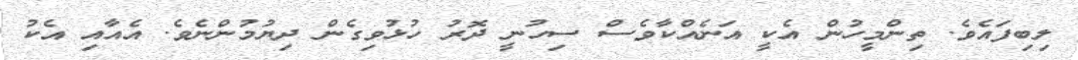
ލިބިފައެވެ. ތިންމީހުން އެކީ އަނެއްކާވެސް ސިހުނީ ދޮރު ހުޅުވިގެން ދިޔުމުންނެވެ. އެއާއި އެކު